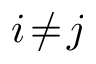
i \! \neq \! j